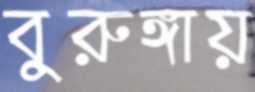
বুরুঙ্গায়